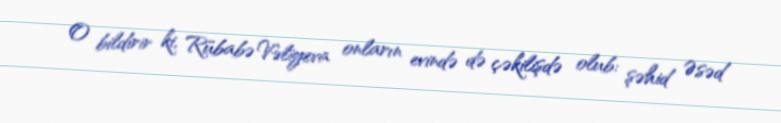
O bildirir ki, Rübabə Vəliyeva onların evində də çəkilişdə olub: şəhid Əsəd